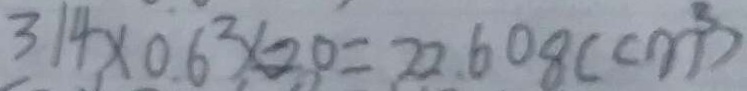
3 1 4 \times 0 . 6 ^ { 2 } \times 2 0 = 2 2 . 6 0 8 ( c m ^ { 3 } )